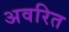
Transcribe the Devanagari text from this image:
अवरित